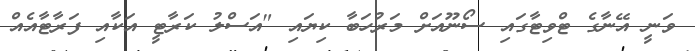
ވަނީ އޭނާގެ ޓްވިޓާގައި ސޯނޫއަށް މަރުހަބާ ކިޔައި "އަސްލު ކަރާޓީ އަކާއި ފަރާޓާއެއް